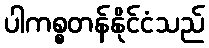
ပါကစ္စတန်နိုင်ငံသည်